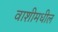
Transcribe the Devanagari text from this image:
वाशीमधील